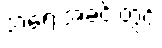
အရေးအခင်းတွင်